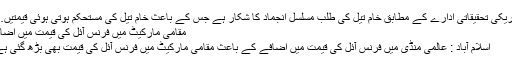
امریکی تحقیقاتی ادارے کے مطابق خام تیل کی طلب مسلسل انجماد کا شکار ہے جس کے باعث خام تیل کی مستحکم ہوتی ہوئی قیمتیں…
مقامی مارکیٹ میں فرنس آئل کی قیمت میں اضافہ
اسلام آباد : عالمی منڈی میں فرنس آئل کی قیمت میں اضافے کے باعث مقامی مارکیٹ میں فرنس آئل کی قیمت بھی بڑھ گئی ہے۔